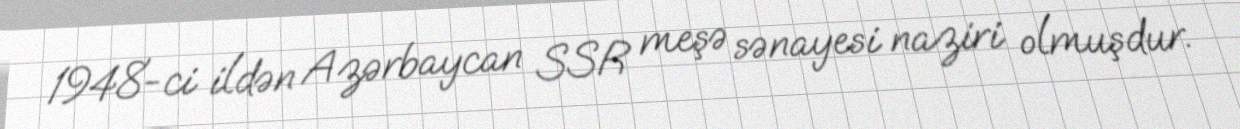
1948-ci ildən Azərbaycan SSR meşə sənayesi naziri olmuşdur.